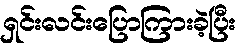
ရှင်းလင်းပြောကြားခဲ့ပြီး